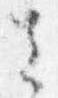
去